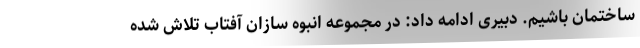
ساختمان باشیم. دبیری ادامه داد: در مجموعه انبوه سازان آفتاب تلاش شده